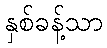
နှစ်ခန့်သာ